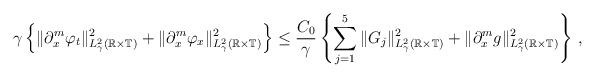
LaTeX: \begin{align*}\gamma\left\{\Vert\partial_x^m\varphi_{t}\Vert^2_{L^2_\gamma(\mathbb R\times\mathbb T)}+\Vert\partial_x^m\varphi_{x}\Vert^2_{L^2_\gamma(\mathbb R\times\mathbb T)}\right\}\le\frac{C_0}{\gamma}\left\{\sum\limits_{j=1}^5\Vert G_j\Vert^2_{L^2_\gamma(\mathbb R\times\mathbb T)}+\Vert \partial_x^m g\Vert^2_{L^2_\gamma(\mathbb R\times\mathbb T)}\right\}\,,\end{align*}